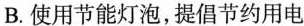
B.使用节能灯泡，提倡节约用电